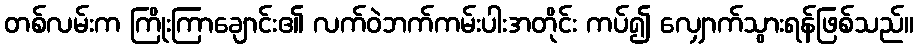
တစ်လမ်းက ကြိုးကြာချောင်း၏ လက်ဝဲဘက်ကမ်းပါးအတိုင်း ကပ်၍ လျှောက်သွားရန်ဖြစ်သည်။